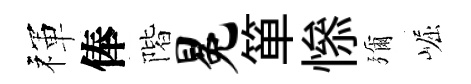
禈俸階冕箪𢡖彌崛